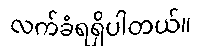
လက်ခံရရှိပါတယ်။